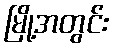
မြို့အတွင်း